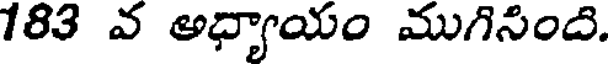
183 వ ఆధ్యాయం ముగిసింది.